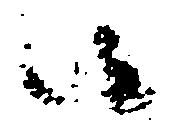
候